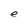
Character: e